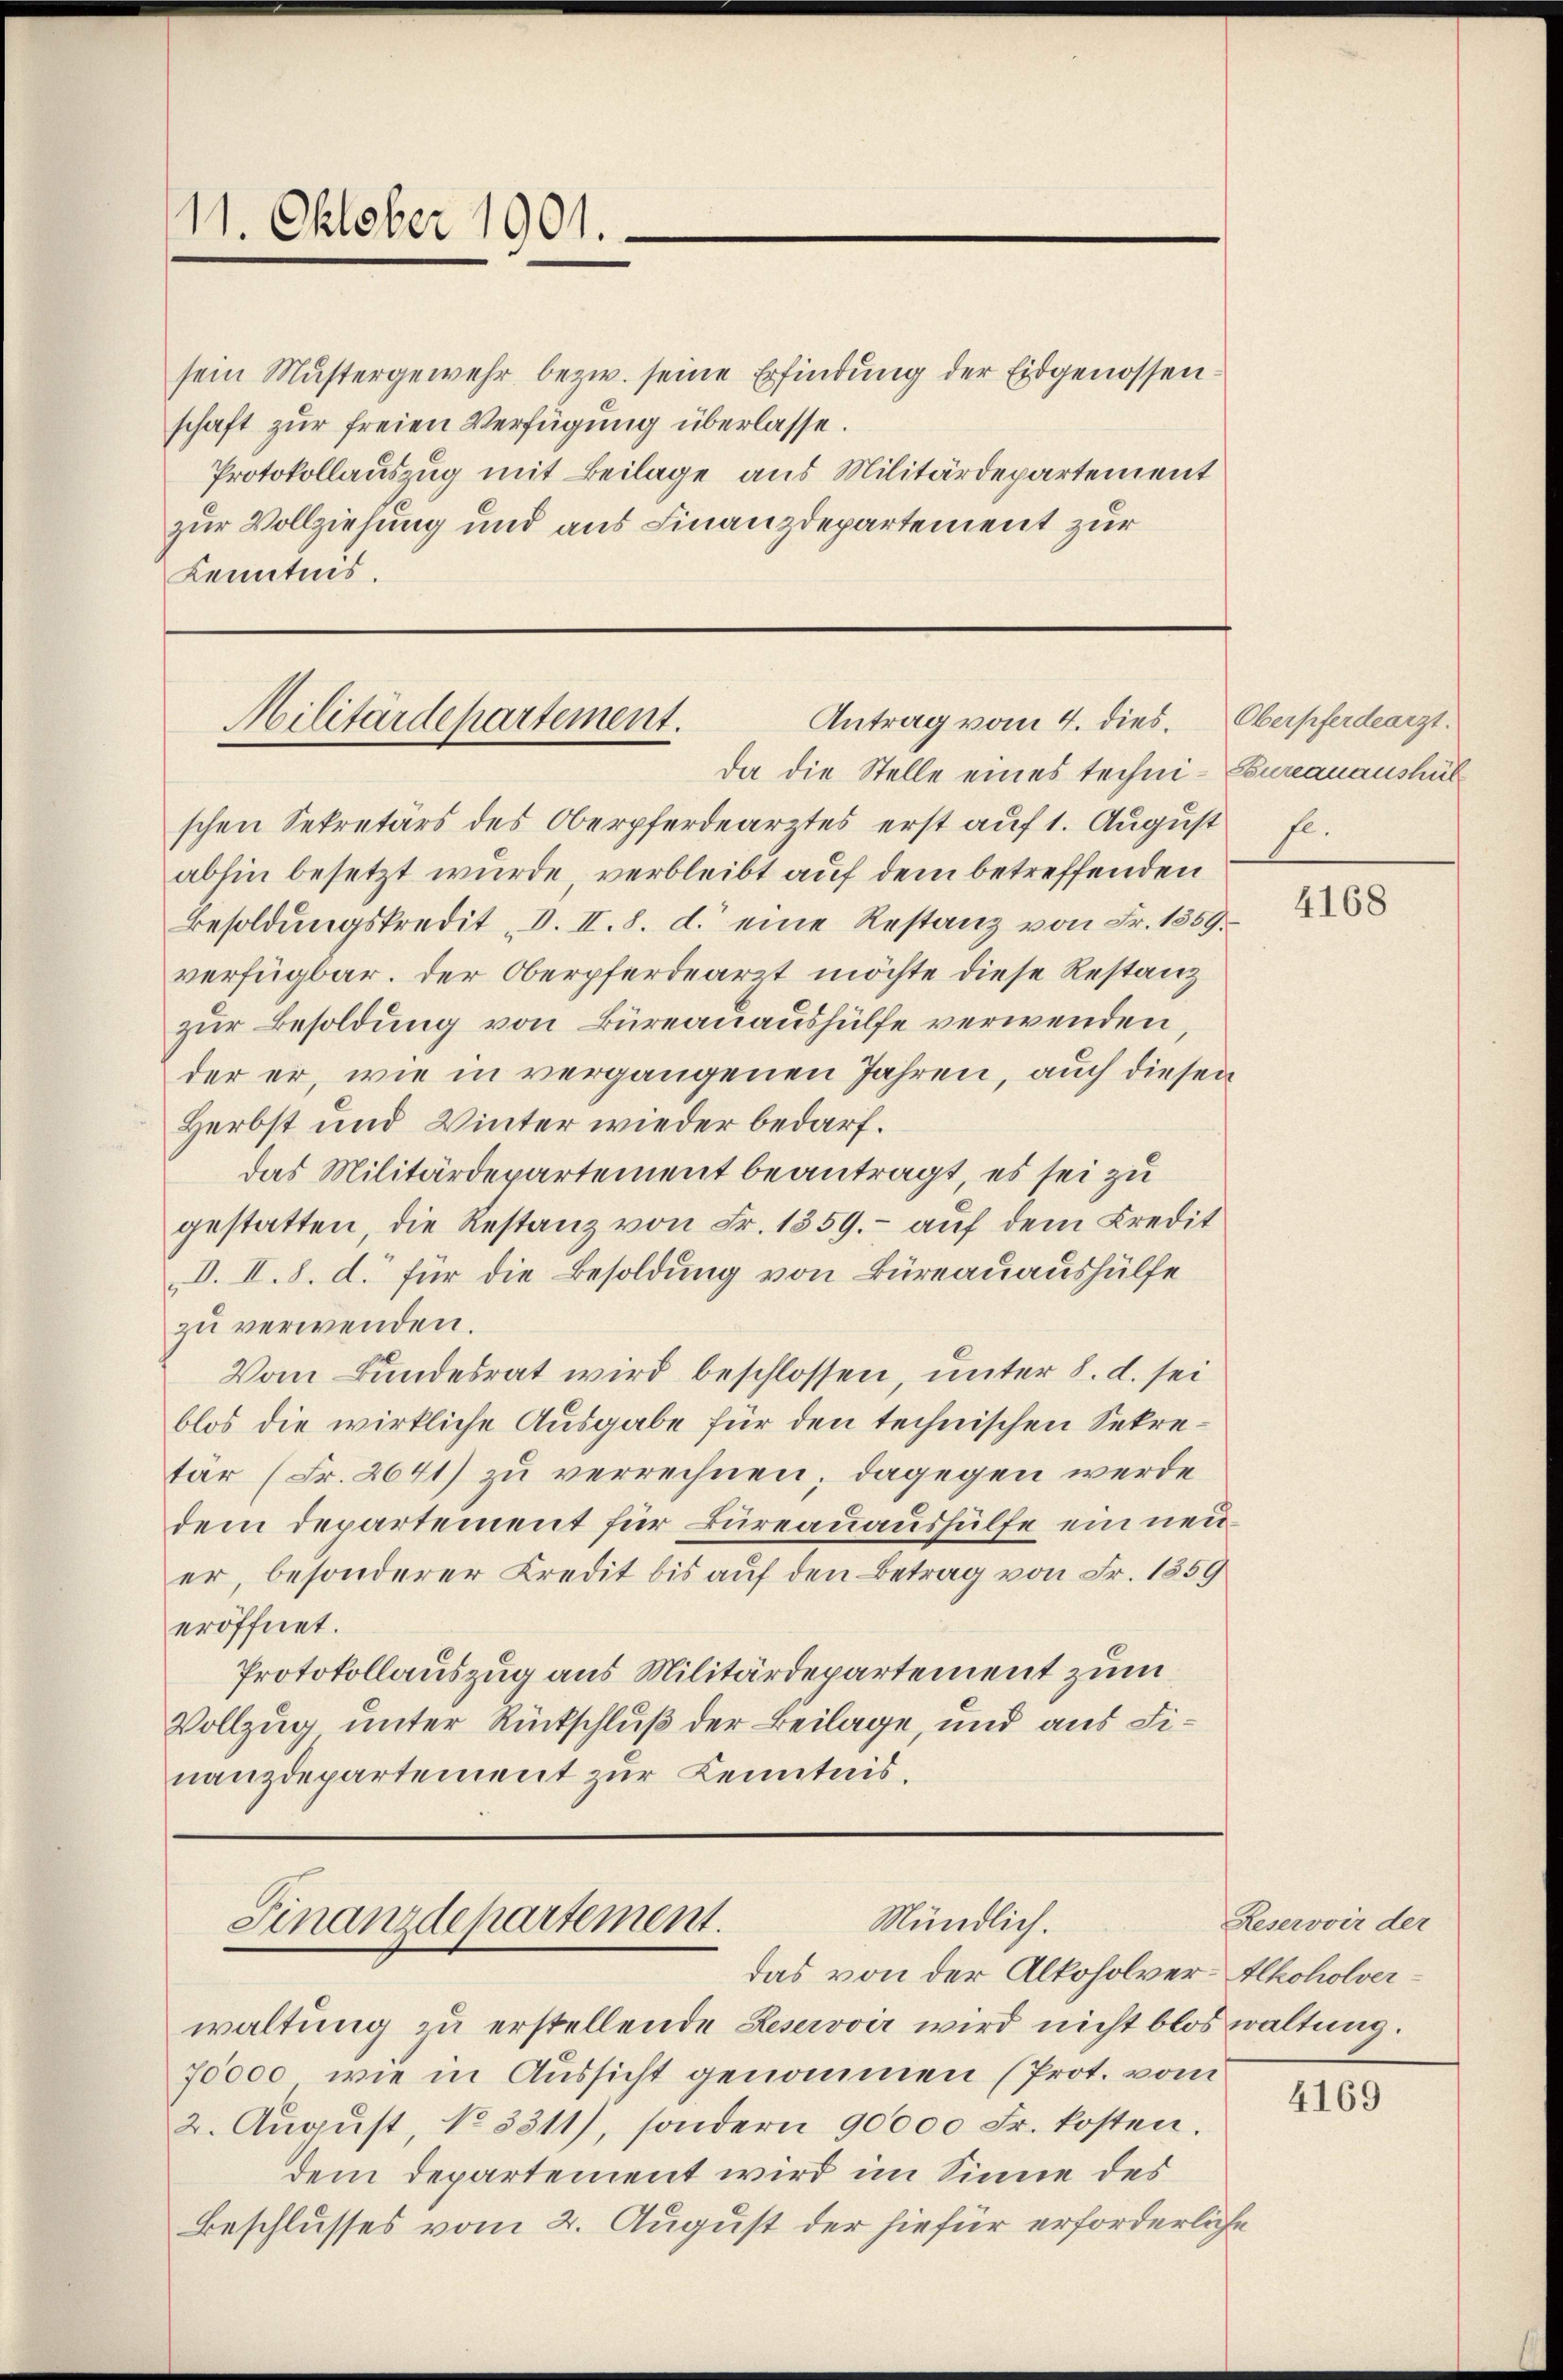
11. Oktober 1901.

sein Mustergewehr bezw. seine Erfindung der Eidgenossen:
schaft zur freien Verfügung überlasse.
Protokollauszug mit Beilage aus Militärdepartement
zur Vollziehung und aus Finanzdepartement zur
Kenntnis.

Antrag vom 4. dies.
Militärdepartement.

schen Sekretärs des Oberpferdearztes erst aŭf 1. Aŭgŭst fl.
abhin besetzt wurde verbleibt auf dem betreffenden
Besoldŭngskredit d. II. 8. d. eine Restanz von Fr. 1859.
verfügbar. Der Oberpferdearzt möchte diese Restanz
zur Besoldung von Büreauaushülfe verwenden
der er, wie in vergangenen Jahren, auch diesen
Herbst und Winter wieder bedarf.
das Militärdepartement beantragt, es sei zu
gestatten, die Restanz von Fr. 1359. - auf dem Kredit
d. II. 8. d. für die Besoldung von Büreauaushülfe
zu verwenden.
Vom Bundesrat wird beschlossen, unter 8. d. sei
blos die wirkliche Ausgabe für den technischen Sekretär (Fr. 2641) zu verrechnen; dagegen werde
dem Departement für Büreauaushülfe ein neuer, besonderer Kredit bis auf den Betrag von Fr. 1859
eröffnet.
Protokollauszug aus Militärdepartement zum
Vollzug unter Rückschluß der Beilage, und aus Finanzdepartement zur Kenntnis.

Mündlich.
Finanzdepartement.
das von der Alkoholver-Alkoholver¬

da die Stelle eines techni- Eureauaushül

waltung zu erstellende Reservoir wird nicht blos waltung.
70000 wie in Aussicht genommen (Prot. vom
2. Aŭgŭst, No 3311), sondern 90000 Fr. kosten.
dem Departement wird im Sinne des
Beschlusses vom 2. August der hiefür erforderliche

Oberpferdearzt.

4168

Reservoir der

4169